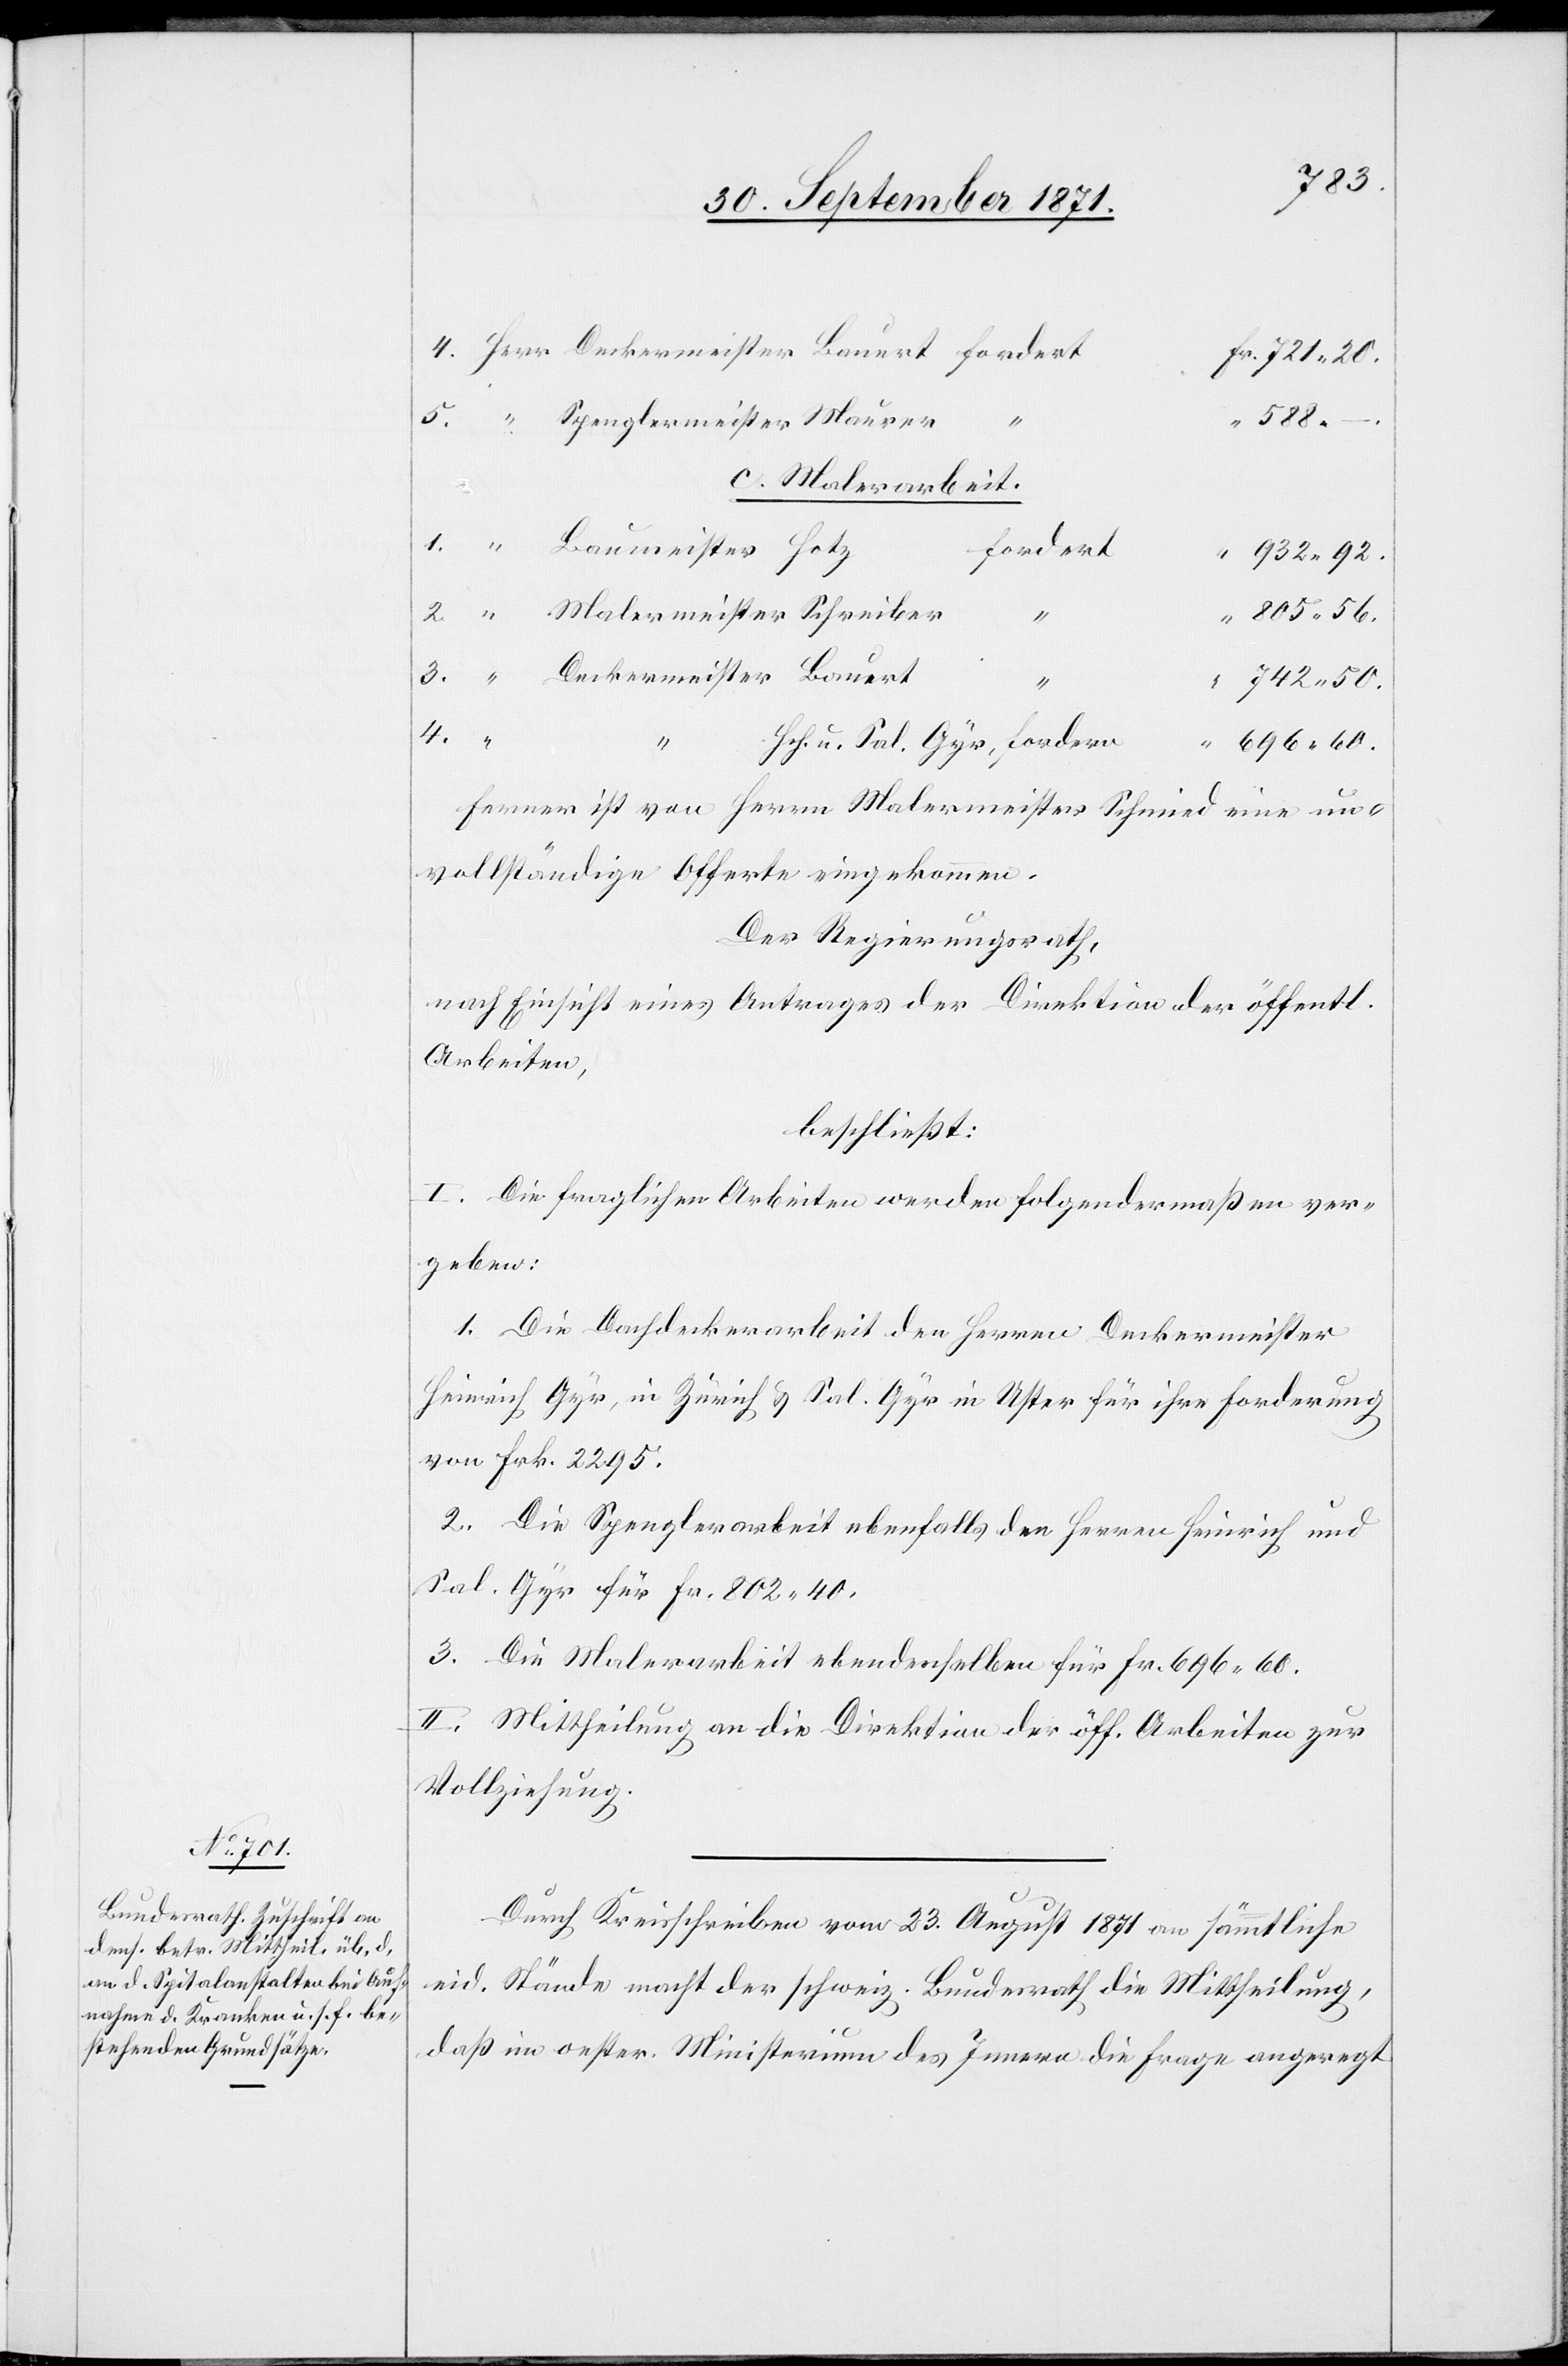
S. Gyr

c. Malerarbeit.
fordern
932.92.
805.56
u.
742.50
4.
Herr
696.60
Ferner ist von Herrn Malermeister Schmied eine un¬
vollständige Offerte eingekommen.
Der Regierungsrath,
nach Einsicht eines Antrages der Direktion der öffentl.
Arbeiten,
beschließt:
I. Die fraglichen Arbeiten werden folgendermaßen ver¬
geben.
1. Die Dachdeckerarbeit den Herren Deckermeister
Heinrich Gyr, in Zürich & S. Gyr in Uster für ihre Forderung
von Frk. 2295.
2. Die Spenglerarbeit ebenfalls den Herren Heinrich und
S. Gyr für Fr. 802.40.
3. Die Malerarbeit ebendenselben für Fr. 696.60.
II. Mittheilung an die Direktion der öff. Arbeiten zur
Vollziehung.
Durch Kreisschreiben vom 23. August 1871 an sämmtliche
eid. Stände macht der schweiz. Bundesrath die Mittheilung,
daß im oester. Ministerium des Innern die Frage angeregt